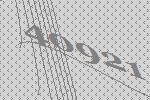
40921